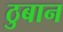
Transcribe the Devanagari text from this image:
ठुबान